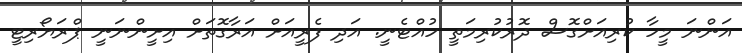
އަންނަ މީހާ ކުރިއަށްގޮސް ދޮރުކުރިމަތީ ހުއްޓެނީ. އަދި ފެރީއަށް އަރާގޮތަށް އިށީންނަނީ ޕްރަޔޯރިޓީ